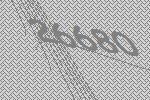
26680